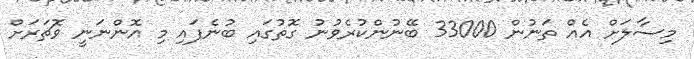
މިސާލަށް އެއް ތަނުން 33000 ބޭނުންކުރެވުނު ގޮތުގައި ބުނެފައި މި އޮންނަނީ ވޮޗަރަށް